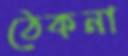
ঠেকনা